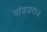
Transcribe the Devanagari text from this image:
पांडयराज